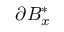
\partial B _ { x } ^ { * }